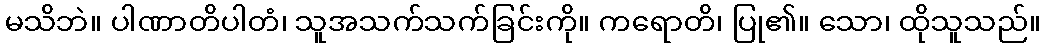
မသိဘဲ။ ပါဏာတိပါတံ၊ သူအသက်သက်ခြင်းကို။ ကရောတိ၊ ပြု၏။ သော၊ ထိုသူသည်။